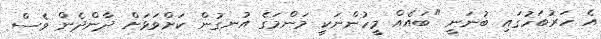
އެ ހަރުބަހުގައި ބުނަނީ "ބައެއް މީހުންނަކީ މަންމަގެ އުނގުން ކަށްވަޅަށް ދާންދެން ވެސް